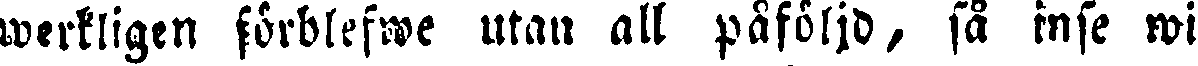
werkligen förblefwe utan all påföljd, så inse wi